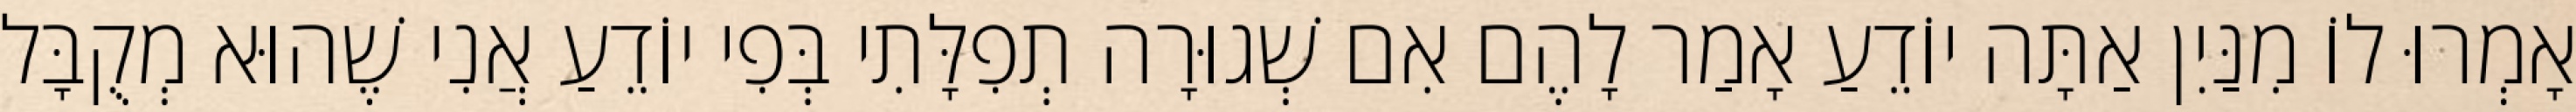
אָמְרוּ לוֹ מִנַּיִן אַתָּה יוֹדֵעַ אָמַר לָהֶם אִם שְׁגוּרָה תְפִלָּתִי בְּפִי יוֹדֵעַ אֲנִי שֶׁהוּא מְקֻבָּל